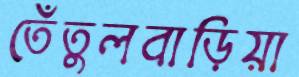
তেঁতুলবাড়িয়া